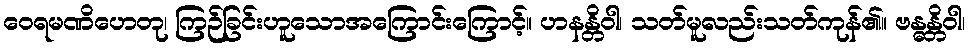
ဝေရမဏိဟေတု၊ ကြဉ်ခြင်းဟူသောအကြောင်းကြောင့်။ ဟနန္တိဝါ၊ သတ်မူလည်းသတ်ကုန်၏။ ဗန္ဓန္တိဝါ၊